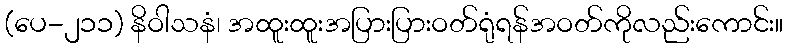
(ပေ-၂၁၁) နိဝါသနံ၊ အထူးထူးအပြားပြားဝတ်ရုံရန်အဝတ်ကိုလည်းကောင်း။